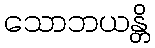
သောဘယန္တိ